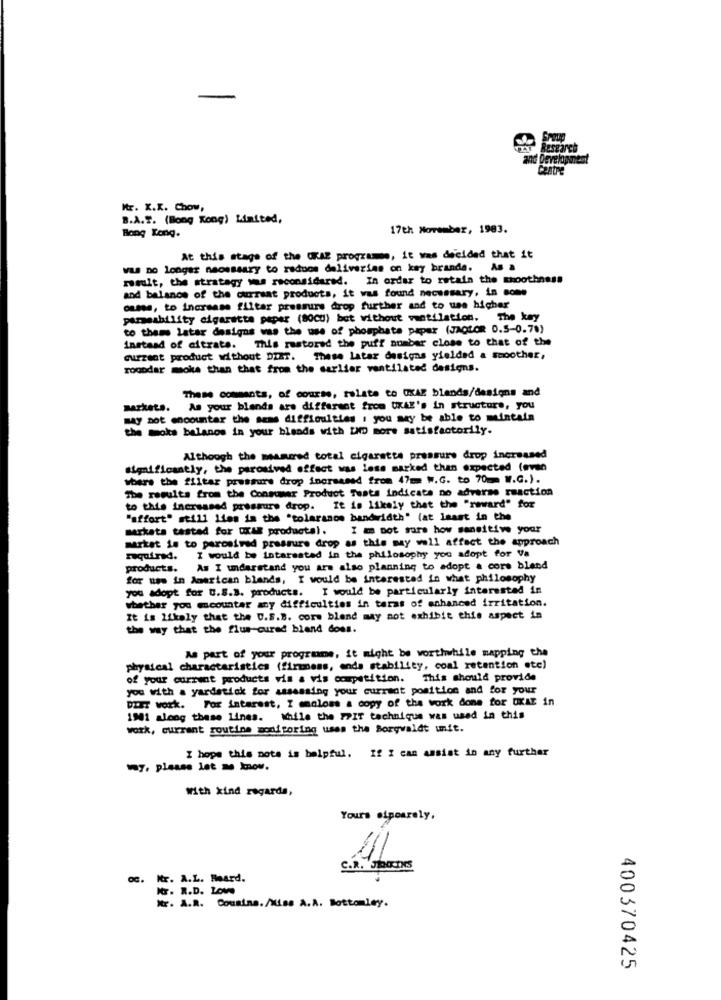
and Development
Mr. X.X. Chow,
B.A.T. (Hong Kong) Limited,
Bong Tong.
17th November, 1983.
At this stage of the OKAE programme, it was decided that it
was no longer necessary to radoos deliveries on key brande.
As a
result, the strategy was reconsidered. In order to retain the shoothness
and balance of the current products, it was found necessary, in some
osse, to increase filter pressure drop further and to use higher
parseability cigaretta paper (80CH) bet without ventilation. The key
to theme latar designs was the use of phosphate paper (JAQLOR 0.5-0.70)
instead of citrate. This restored the puff number close to that of the
current product without DIET. These latar designs yielded a smoother,
rooodar moka than that from the earlier ventilated designs.
These comments, of course, relate to OXAZ blends/designs and
markets.
As your blends are different from UKAE's in structure, you
may not encounter the same difficulties i you say be able to maintain
the moke balanos in your blends with IND more satisfactorily.
Although the measured total cigarette pressure drop increased
significantly, the peronived effect was less marked than expected loven
where the filter pressure drop increased from 47mm W.G. to 70mm W.G.).
The results from the Consumer Product Tuata indicate no adverse reaction
to this increased pressure drop. It is likely that the "reward" for
"affort" still lies in the "tolaranos bandwidth" (at least in the
markets tested for OKAR productal. I am not sure how sensitive your
market is to perceived pressure drop as this may well affect the approach
Fuquired.
I would be intarssted in the philosophy you adopt for Va
products. As I understand you are also planning to adopt a core bland
for now in American blands, I would be interested in what philosophy
you adopt for U.S.3. products. I would be particularly interested in
whether you encounter any difficulties in terms of enhanced irritation.
It is likely that the U.S.B. cors blend may not exhibit this aspect in
the way that the flus-cured blend does.
As part of your programme, it might be worthwhile mapping the
physical characteristics (firmens, ende stability, coal retention ete)
of your current products vis a vis competition. This should provide
you with a yardstick for assessing your current position and for your
DIIT work. For intarest, I mmaloss a copy of the work done for OKAT in
1941 along these lines. While the SPIT technique was used in this
work, currant routine monitoring uses the Borgwaldt unit.
I hope this note is helpful. If I can assist in any further
7. please let me know.
With kind regards,
Yours siposrely,
oc. Kr. A.L. Heard.
Mr. R.D. LOW
400370425